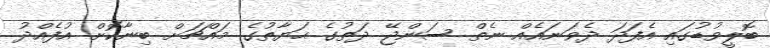
ބޮލީވުޑުގައި އެފަދަ ދެވަނައެއް ނެތް ސަންޖޭ ދަތުގެ ޙަޔާތުގެ މައްޗަށް ބިނާކޮށް އުފެއްދު